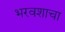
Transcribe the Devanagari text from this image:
भरवशाचा